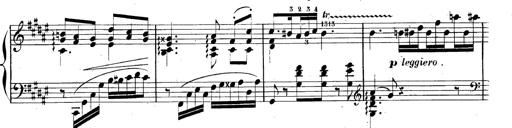
Title: AnnÃ©es de pÃ¨lerinage II, SupplÃ©ment
Composer: Franz Liszt